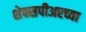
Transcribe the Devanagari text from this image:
शेक्सपीअरच्या